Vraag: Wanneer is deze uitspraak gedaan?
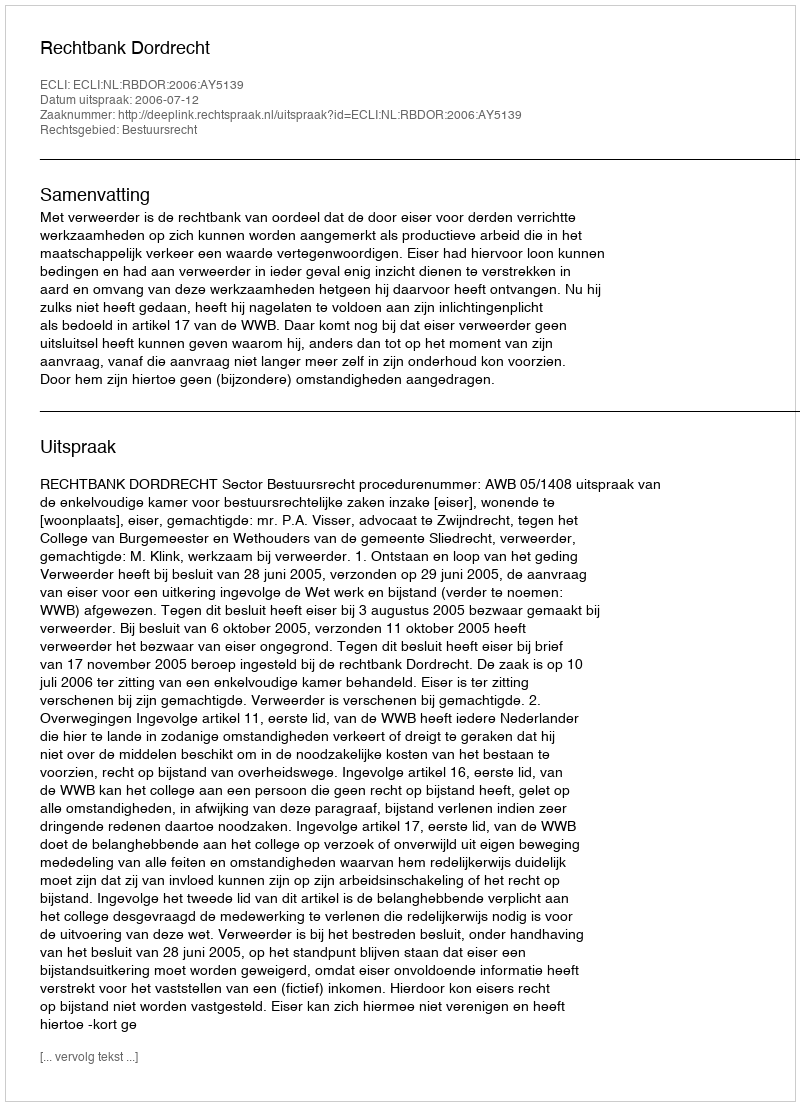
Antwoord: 2006-07-12